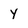
Character: y